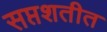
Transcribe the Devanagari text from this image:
सप्तशतीत